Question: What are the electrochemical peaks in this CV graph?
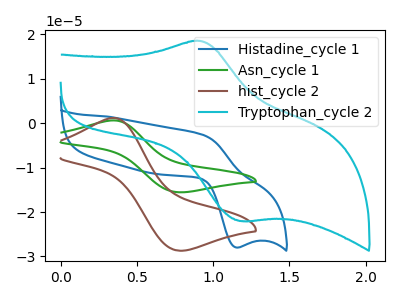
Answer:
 <answer>The blue curve "Histadine_cycle 1" has an anodic peak at (0.95V, -2.65uA) and a cathodic peak at (1.15V, -28.00uA). The green curve "Asn_cycle 1" has an anodic peak at (0.35V, 0.65uA) and a cathodic peak at (0.75V, -15.55uA). The brown curve "hist_cycle 2" has an anodic peak at (0.35V, 1.20uA) and a cathodic peak at (0.75V, -28.70uA). The cyan curve "Tryptophan_cycle 2" has an anodic peak at (0.90V, 18.55uA) and a cathodic peak at (1.20V, -22.00uA).</answer>
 <eval></eval>